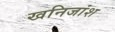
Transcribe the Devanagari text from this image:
खनिजांश